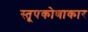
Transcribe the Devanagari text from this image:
स्तूपकोणाकार